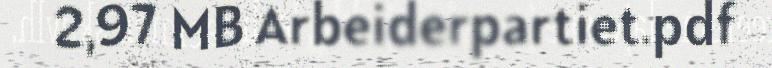
2,97 MB Arbeiderpartiet.pdf